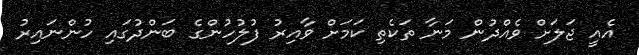
އެއީ ޖަލަށް ވެއްދުން މަނާ ތަކެތި ކަމަށް ވާއިރު ފުލުހުންގެ ބަންދުގައި ހުންނައިރު